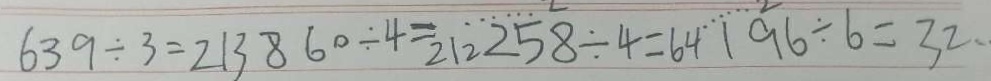
6 3 9 \div 3 = 2 1 3 8 6 0 \div 4 = 2 1 2 2 5 8 \div 4 = 6 4 1 9 6 \div 6 = 3 2 、